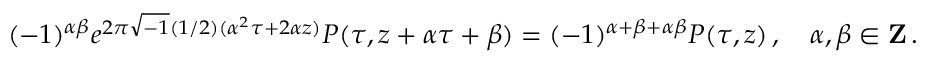
( - 1 ) ^ { \alpha \beta } e ^ { 2 \pi \sqrt { - 1 } ( 1 / 2 ) ( \alpha ^ { 2 } \tau + 2 \alpha z ) } P ( \tau , z + \alpha \tau + \beta ) = ( - 1 ) ^ { \alpha + \beta + \alpha \beta } P ( \tau , z ) \, , \quad \alpha , \beta \in { \bf Z } \, .